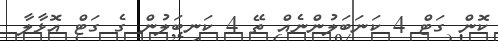
ކޮން ގަޓް 4 ކަނަބަލުންނެއް ތޭ 4 ކަނބަލުން ގެ ގަޓް އޮޅާލާ